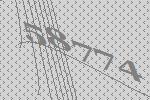
58774